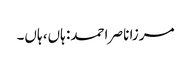
مرزا ناصر احمد: ہاں، ہاں۔